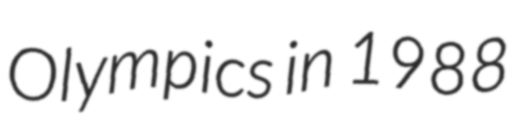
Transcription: Olympics in 1988